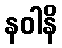
နဝါနိ